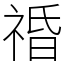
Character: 䄑